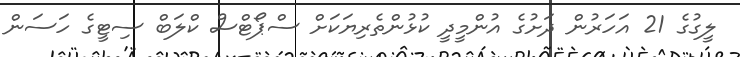
ލީގުގެ 21 އަހަރުން ދަށުގެ އުންމީދީ ކުޅުންތެރިޔަކަށް ސްޕޯޓްސް ކްލަބް ސިޓީގެ ހަސަން